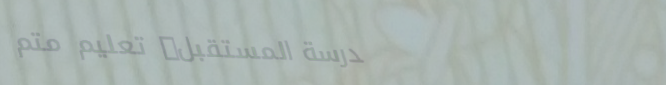
مدرسة المستقبل: تعليم متم